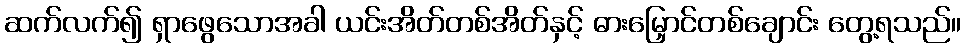
ဆက်လက်၍ ရှာဖွေသောအခါ ယင်းအိတ်တစ်အိတ်နှင့် ဓားမြှောင်တစ်ချောင်း တွေ့ရသည်။